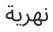
نھرية